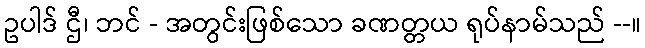
ဥပါဒ် ဌီ၊ ဘင် - အတွင်းဖြစ်သော ခဏတ္တယ ရုပ်နာမ်သည် --။